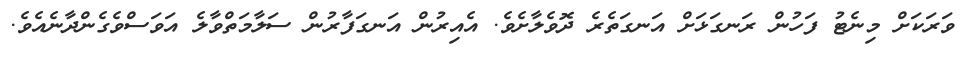
ވަރަކަށް މިނެޓު ފަހުން ރަނގަޅަށް އަނގަތެރެ ދޮވެލާށެވެ. އެއިރުން އަނގަފާރުން ސަލާމަތްވާލެ އަވަސްވެގެންދާނެއެވެ.